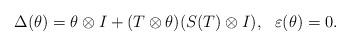
LaTeX: \begin{align*}\Delta (\theta)=\theta\otimes I+(T\otimes \theta )(S(T)\otimes I),~~\varepsilon (\theta)=0.\end{align*}